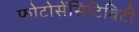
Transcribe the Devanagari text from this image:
फोटोसेंसिटिविटी